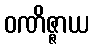
ဝဏိဇ္ဇာယ